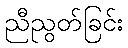
ညီညွတ်ခြင်း